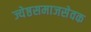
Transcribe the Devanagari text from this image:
ज्येष्ठसमाजसेवक